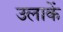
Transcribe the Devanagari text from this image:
उलाकें